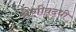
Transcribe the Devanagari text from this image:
श्रेणीवृद्धी